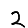
Digit: 2